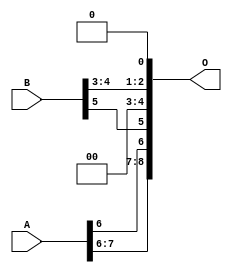
/***
* This code is a part of EvoApproxLib library (ehw.fit.vutbr.cz/approxlib) distributed under The MIT License.
* When used, please cite the following article(s): PRABAKARAN B. S., MRAZEK V., VASICEK Z., SEKANINA L., SHAFIQUE M. ApproxFPGAs: Embracing ASIC-based Approximate Arithmetic Components for FPGA-Based Systems. DAC 2020. 
***/
// MAE% = 18.87 %
// MAE = 97 
// WCE% = 54.69 %
// WCE = 280 
// WCRE% = 200.00 %
// EP% = 99.71 %
// MRE% = 45.94 %
// MSE = 13848 
// FPGA_POWER = 0.26
// FPGA_DELAY = 4.9
// FPGA_LUT = 0


module add8u_01H(A, B, O);
  input [7:0] A, B;
  output [8:0] O;
  assign O[2] = B[4];
  assign O[0] = 1'b0;
  assign O[3] = 1'b0;
  assign O[1] = B[3];
  assign O[4] = O[0];
  assign O[5] = B[5];
  assign O[6] = A[6];
  assign O[7] = A[6];
  assign O[8] = A[7];
endmodule